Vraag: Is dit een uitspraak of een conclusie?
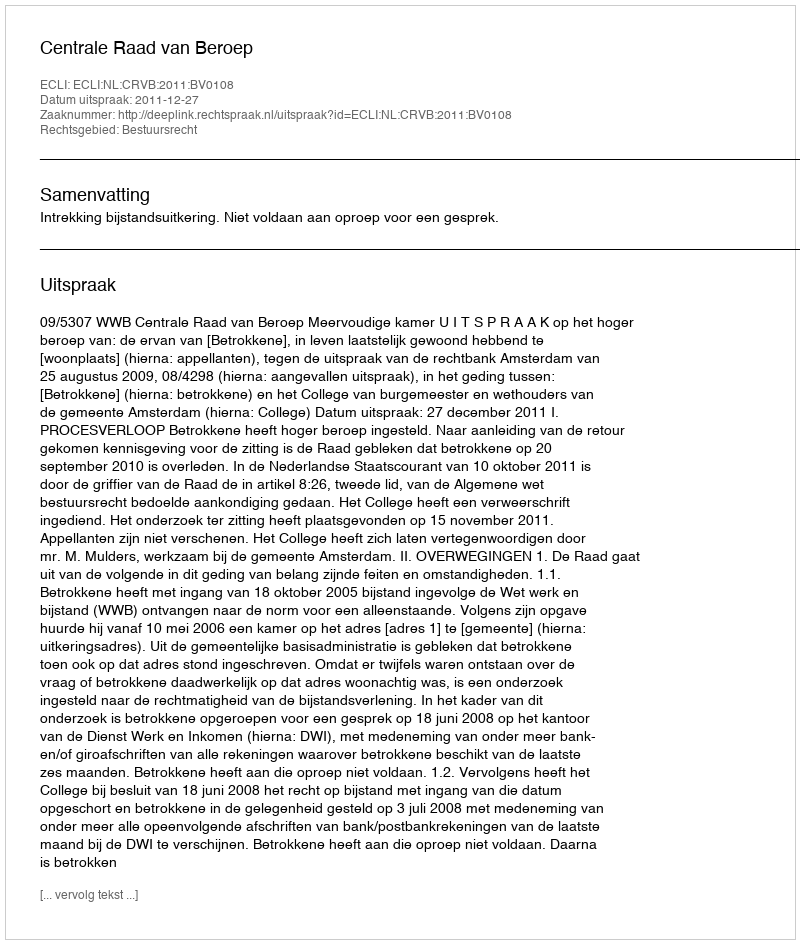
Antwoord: Uitspraak